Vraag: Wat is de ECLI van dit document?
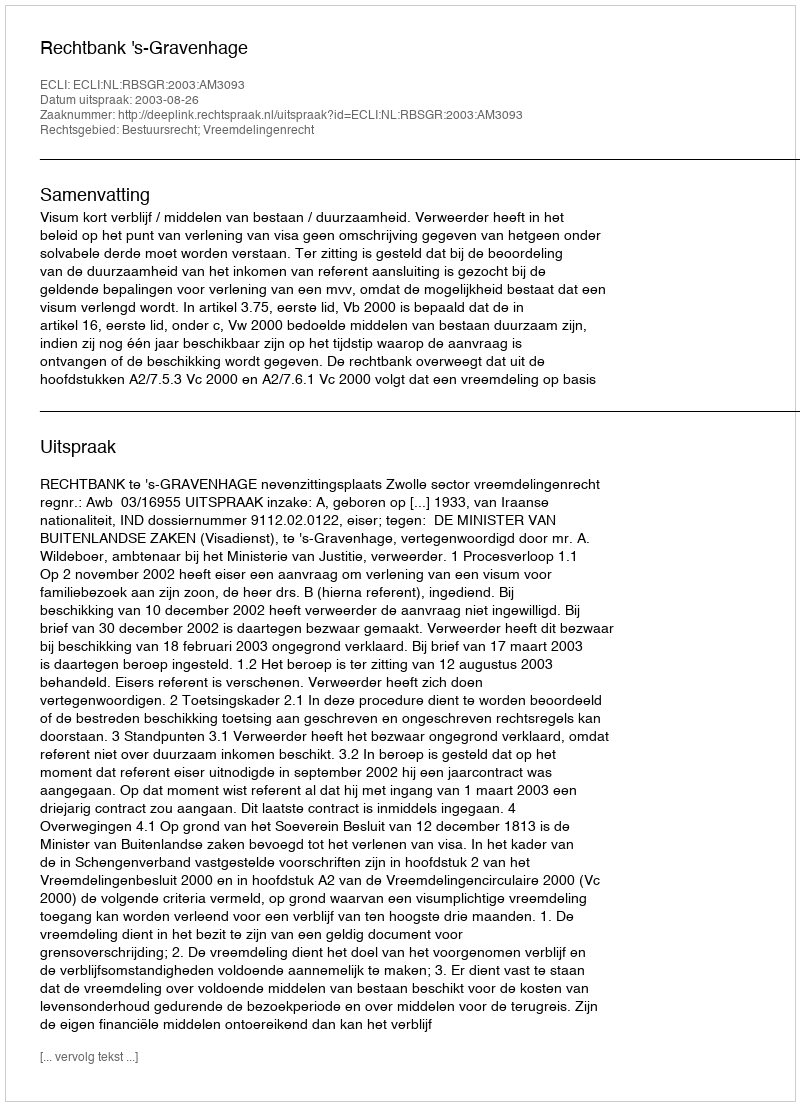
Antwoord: ECLI:NL:RBSGR:2003:AM3093